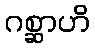
ဂစ္ဆာဟိ